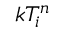
k T _ { i } ^ { n }